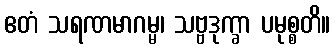
ဧတံ သရဏမာဂမ္မ၊ သဗ္ဗဒုက္ခာ ပမုစ္စတိ။